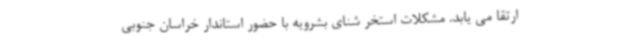
ارتقا می یابد. مشکلات استخر شنای بشرویه با حضور استاندار خراسان‌ جنوبی